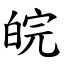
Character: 皖